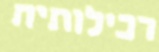
רכילותית